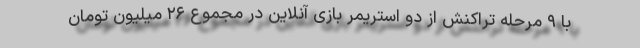
با ۹ مرحله تراکنش از دو استریمر بازی آنلاین در مجموع ۲۶ میلیون تومان